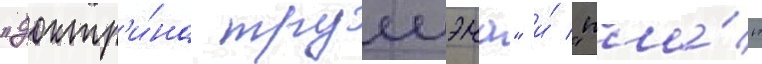
"доктр'и́на трумэна" и́ "пла́н